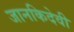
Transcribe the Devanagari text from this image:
जानकिदेवी